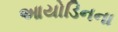
આયોડિનના